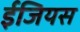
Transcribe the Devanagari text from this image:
ईजियस